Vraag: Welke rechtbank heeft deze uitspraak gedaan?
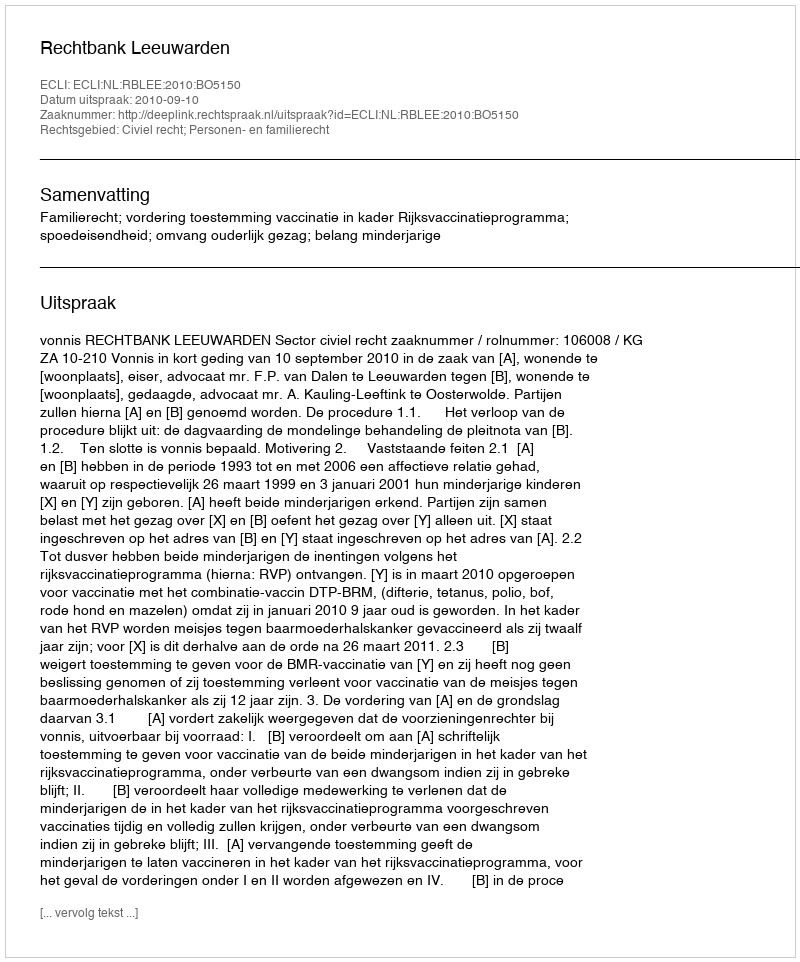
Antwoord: Rechtbank Leeuwarden